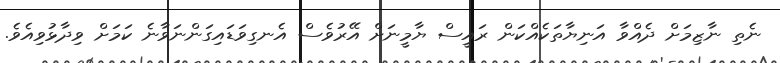
ނެތި ނާޒިމަށް ދެއްވާ އަނިޔާތަކެއްކަން ރައީސް ޔާމީނަށް އޭރުވެސް އެނގިވަޑައިގަންނަވާނެ ކަަމަށް ވިދާޅުވިއެވެ.